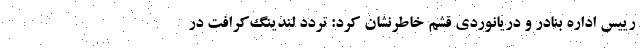
رییس اداره بنادر و دریانوردی قشم خاطرنشان کرد: تردد لندینگ‌کرافت در